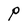
Character: p